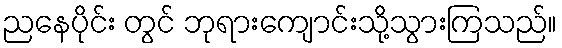
ညနေပိုင်း တွင် ဘုရားကျောင်းသို့သွားကြသည်။